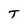
Character: T